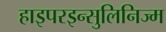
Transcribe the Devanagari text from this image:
हाइपरइन्सुलिनिज्म